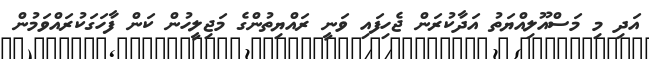
އަދި މި މަސްއޫލިއްޔަތު އަދާކުރަން ޖެހިފައި ވަނީ ރައްޔިތުންގެ މަޖިލީހުން ކަން ފާހަގަކުރައްވަމުން